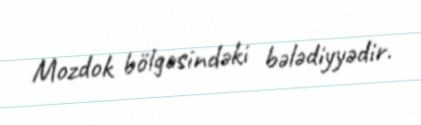
Mozdok bölgəsindəki bələdiyyədir.